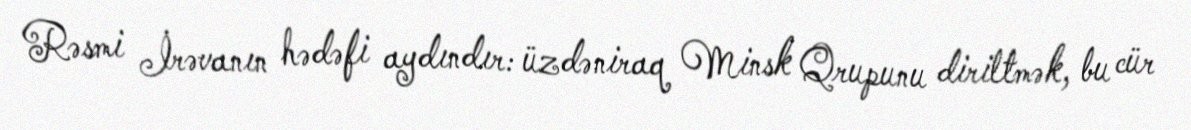
Rəsmi İrəvanın hədəfi aydındır: üzdəniraq Minsk Qrupunu diriltmək, bu cür